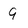
Character: 9